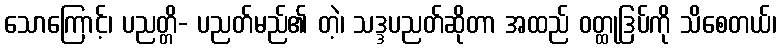
သောကြောင့်၊ ပညတ္တိ- ပညတ်မည်၏ တဲ့၊ သဒ္ဒပညတ်ဆိုတာ အထည် ဝတ္ထုဒြပ်ကို သိစေတယ်၊